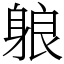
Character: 躴